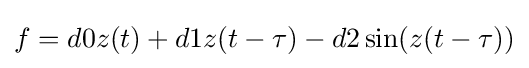
f=d0z(t)+d1z(t-\tau )-d2\sin(z(t-\tau ))